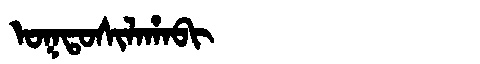
Manchu: ᠣᡴᡨᠣᠰᡳᠯᠠᡥᠠᠪᡳ
Romanization: OKTOSILAHABI